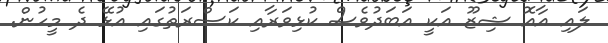
ލައި އާއޮ ޝިޒޫ އަކީ އަބަދުވެސް ކުޅިވަރާއި ކަސްރަތުގައި އުޅޭ ދެ މީހުން.